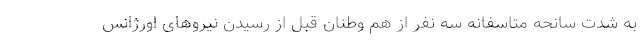
به شدت سانحه متاسفانه سه نفر از هم وطنان قبل از رسیدن نیروهای اورژانس